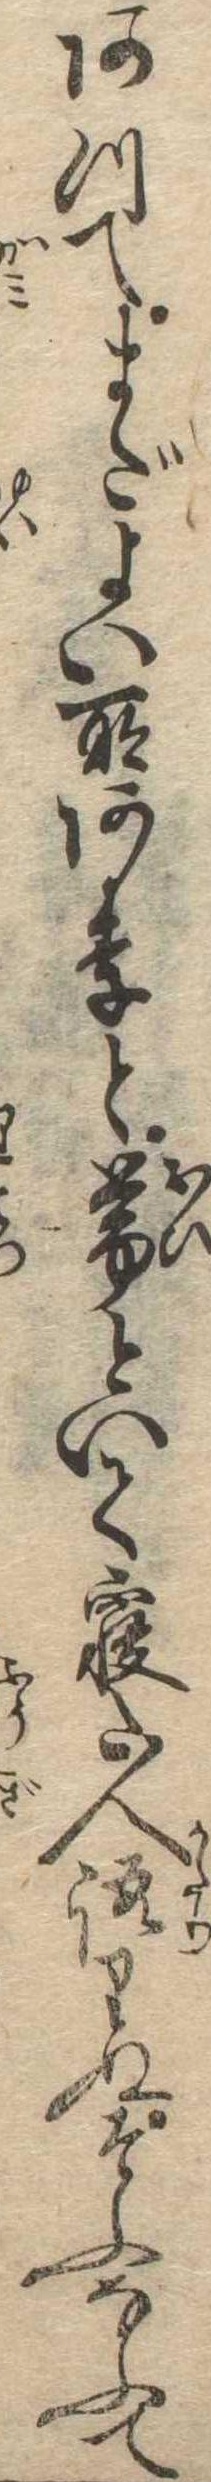
あつてまだよい所ありと帯といて寝た人語りぬそふなふて